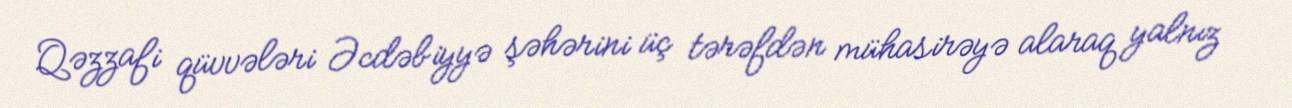
Qəzzafi qüvvələri Əcdəbiyyə şəhərini üç tərəfdən mühasirəyə alaraq yalnız